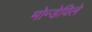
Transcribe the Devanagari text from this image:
मोन्डेविले